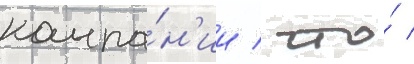
компа́н'ии / что́ /